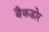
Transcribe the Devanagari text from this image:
बैकडोर